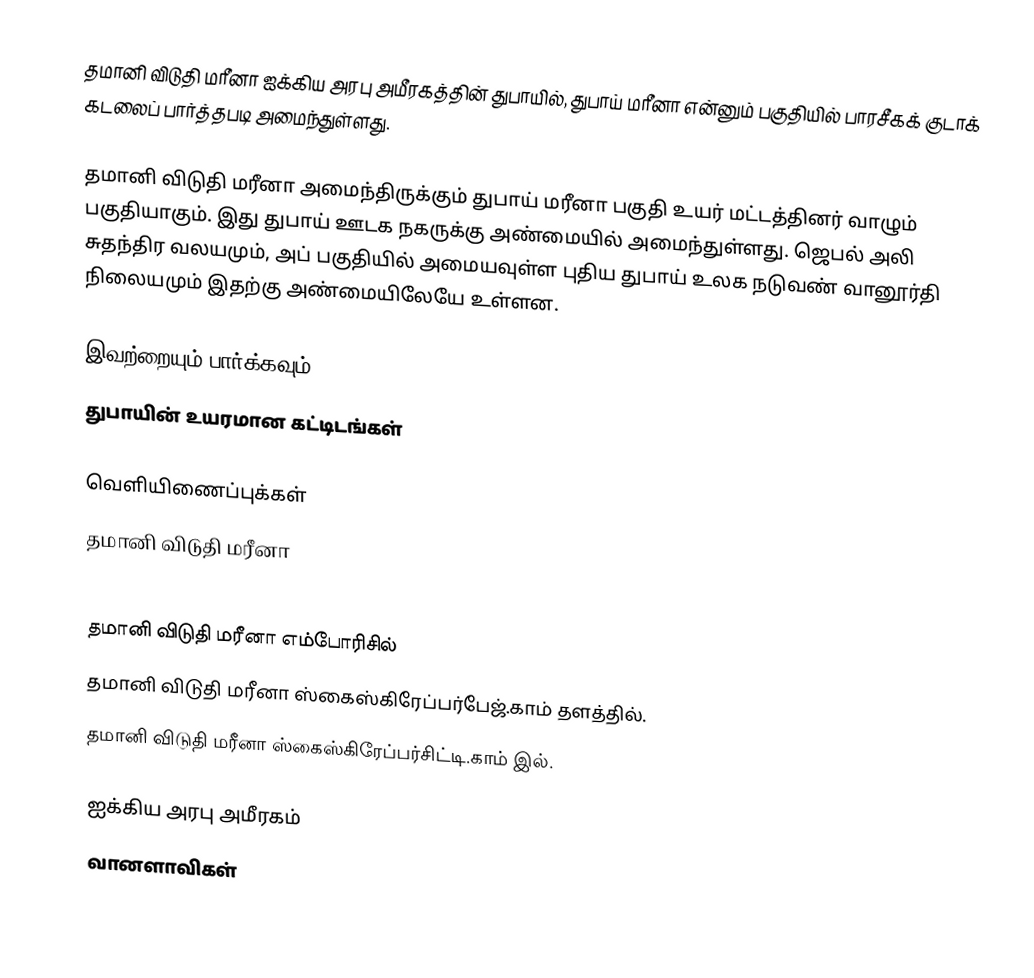
தமானி விடுதி மரீனா ஐக்கிய அரபு அமீரகத்தின் துபாயில், துபாய் மரீனா என்னும் பகுதியில் பாரசீகக் குடாக் கடலைப் பார்த்தபடி அமைந்துள்ளது.

தமானி விடுதி மரீனா அமைந்திருக்கும் துபாய் மரீனா பகுதி உயர் மட்டத்தினர் வாழும் பகுதியாகும். இது துபாய் ஊடக நகருக்கு அண்மையில் அமைந்துள்ளது. ஜெபல் அலி சுதந்திர வலயமும், அப் பகுதியில் அமையவுள்ள புதிய துபாய் உலக நடுவண் வானூர்தி நிலையமும் இதற்கு அண்மையிலேயே உள்ளன.

இவற்றையும் பார்க்கவும்
 துபாயின் உயரமான கட்டிடங்கள்

வெளியிணைப்புக்கள்
தமானி விடுதி மரீனா

தமானி விடுதி மரீனா எம்போரிசில்
தமானி விடுதி மரீனா ஸ்கைஸ்கிரேப்பர்பேஜ்.காம் தளத்தில்.
தமானி விடுதி மரீனா  ஸ்கைஸ்கிரேப்பர்சிட்டி.காம் இல்.

ஐக்கிய அரபு அமீரகம்
வானளாவிகள்